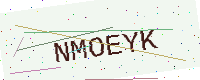
Text: NMOEYK